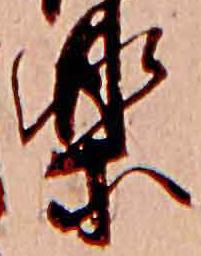
楽